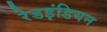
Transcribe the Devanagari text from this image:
रेडइंडियन